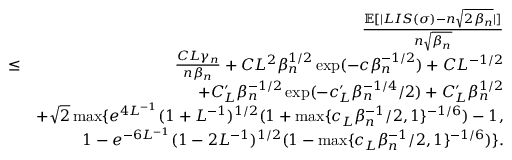
\begin{array} { r l r } & { } & { \frac { \mathbb { E } [ | L I S ( \sigma ) - n \sqrt { 2 \beta _ { n } } | ] } { n \sqrt { \beta _ { n } } } } \\ & { \leq } & { \frac { C L \gamma _ { n } } { n \beta _ { n } } + C L ^ { 2 } \beta _ { n } ^ { 1 \slash 2 } \exp ( - c \beta _ { n } ^ { - 1 \slash 2 } ) + C L ^ { - 1 \slash 2 } } \\ & { } & { + C _ { L } ^ { \prime } \beta _ { n } ^ { - 1 \slash 2 } \exp ( - c _ { L } ^ { \prime } \beta _ { n } ^ { - 1 \slash 4 } \slash 2 ) + C _ { L } ^ { \prime } \beta _ { n } ^ { 1 \slash 2 } } \\ & { } & { + \sqrt { 2 } \operatorname* { m a x } \{ e ^ { 4 L ^ { - 1 } } ( 1 + L ^ { - 1 } ) ^ { 1 \slash 2 } ( 1 + \operatorname* { m a x } \{ c _ { L } \beta _ { n } ^ { - 1 } \slash 2 , 1 \} ^ { - 1 \slash 6 } ) - 1 , } \\ & { } & { \quad \quad 1 - e ^ { - 6 L ^ { - 1 } } ( 1 - 2 L ^ { - 1 } ) ^ { 1 \slash 2 } ( 1 - \operatorname* { m a x } \{ c _ { L } \beta _ { n } ^ { - 1 } \slash 2 , 1 \} ^ { - 1 \slash 6 } ) \} . } \end{array}